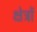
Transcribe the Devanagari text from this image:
क्ष्‍ोत्रों